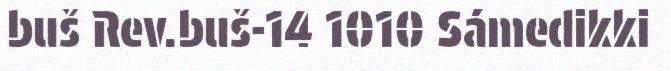
buš Rev.buš-14 1010 Sámedikki